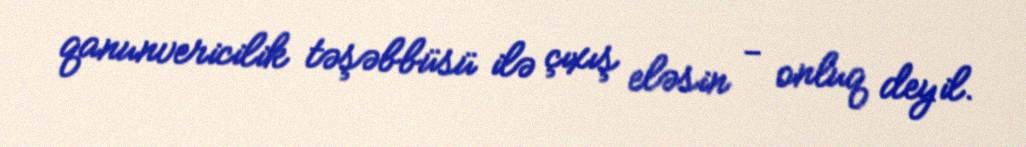
qanunvericilik təşəbbüsü ilə çıxış eləsin - onluq deyil.